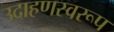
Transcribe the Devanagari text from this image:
उदाहणस्वरूप